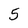
Character: 5